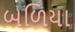
બળિયા